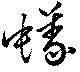
蟹